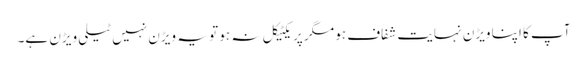
آپ کا اپنا ویڑن نہایت شفاف ہو مگر پریکٹیکل نہ ہو تو یہ ویڑن نہیں ٹیلی ویڑن ہے۔